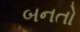
બનતો